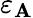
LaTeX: \varepsilon_{\mathbf{A}}